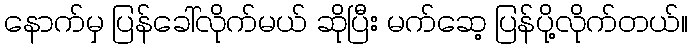
နောက်မှ ပြန်ခေါ်လိုက်မယ် ဆိုပြီး မက်ဆေ့ ပြန်ပို့လိုက်တယ်။